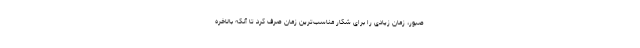
صبور، زمان زیادی را برای شکار مناسب‌ترین زمان صرف کرد تا آنکه بالاخره